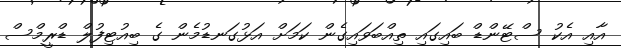
އާއި އެކު ސްޓޭންޑް ބައިގައި ތިއްބަވައިގެން ކަމަށް އަޅުގަނޑުމެން ގެ ބިއުޓިފުލް ޑްރީމްސް